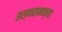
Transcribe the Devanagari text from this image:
इस्फहानाच्या